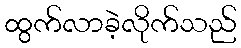
ထွက်လာခဲ့လိုက်သည်